Indian journal of veterinary science and animal husbandry - Volume 2,
Year: 1932
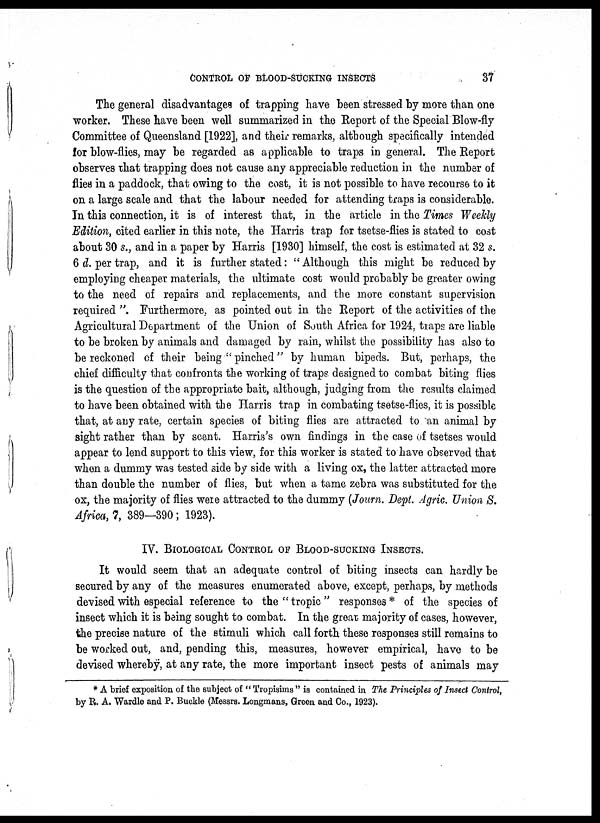
CONTROL OF BLOOD-SUCKING INSECTS
37
The general disadvantages of trapping have been stressed by more than one
worker. These have been well summarized in the Report of the Special Blow-fly
Committee of Queensland [1922], and their remarks, although specifically intended
for blow-flies, may be regarded as applicable to traps in general. The Report
observes that trapping does not cause any appreciable reduction in the number of
flies in a paddock, that owing to the cost, it is not possible to have recourse to it
on a large scale and that the labour needed for attending traps is considerable.
In this connection, it is of interest that, in the article in the Times Weekly
Edition, cited earlier in this note, the Harris trap for tsetse-flies is stated to cost
about 30 s., and in a paper by Harris [1930] himself, the cost is estimated at 32 s.
6 d. per trap, and it is further stated: " Although this might be reduced by
employing cheaper materials, the ultimate cost would probably be greater owing
to the need of repairs and replacements, and the more constant supervision
required ". Furthermore, as pointed out in the Report of the activities of the
Agricultural Department of the Union of South Africa for 1924, traps are liable
to be broken by animals and damaged by rain, whilst the. possibility has also to
be reckoned of their being " pinched" by human bipeds. But, perhaps, the
chief difficulty that confronts the working of traps, designed to combat biting flies
is the question of the appropriate bait, although, judging from the results claimed
to have been obtained with the Harris trap in combating tsetse-flies, it is possible
that, at any rate, certain species of biting flies are attracted to an animal by
sight rather than by scent. Harris's own findings in the case of tsetses would
appear to lend support to this view, for this worker is stated to have observed that
when a dummy was tested side by side with a living ox, the latter attracted more
than double the number of flies, but when a tame zebra was substituted for the
ox, the majority of flies were attracted to the dummy (Journ. Dept. Agric. Union S.
Africa, 7, 389—390; 1923).
IV. BIOLOGICAL CONTROL OF BLOOD-SUCKING INSECTS.
It would seem that an adequate control of biting insects can hardly be
secured by any of the measures enumerated above, except, perhaps, by methods
devised with especial reference to the " tropic" responses* of the species of
insect which it is being sought to combat. In the great majority of cases, however,
the precise nature of the stimuli which call forth these responses still remains to
be worked out, and, pending this, measures, however empirical, have to be
devised whereby, at any rate, the more important insect pests of animals may
* A brief exposition of the subject of " Tropisims " is contained in The Principles of Insect Control,
by R. A. Wardle and P. Buckle (Messrs. Longmans, Green and Co., 1923).